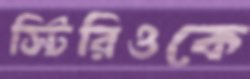
স্টিরিওকে